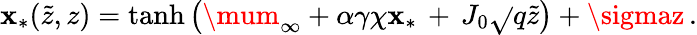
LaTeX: \mathbf{x}_{*}(\tilde{{z}},z)=\mathrm{{tanh}}\left(\mum_{\infty}+\alpha\gamma\chi\mathbf{x}_{*}\, +\, J_{0}\sqrt{}{{q}}\tilde{{z}}\right)+\sigmaz\, .